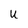
Character: u